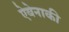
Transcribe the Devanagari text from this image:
ऐबेनाकी